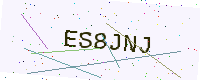
Text: ES8JNJ